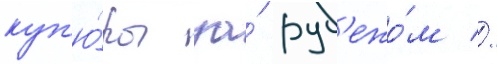
куп'ю́ры за́ руб'ежо́м //